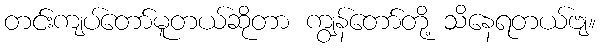
တင်းကျပ်တော်မူတယ်ဆိုတာ ကျွန်တော်တို့ သိနေရတယ်ဗျ။